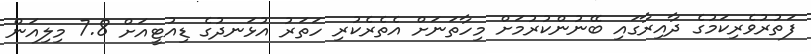
ފަތުރުވެރިކަމުގެ ދާއިރާގައި ބޭނުންކުރުމަށް މިހާތަނަށް އެތެރެކުރި ހަތަރު އުޅަނދުގެ ޑިއުޓީއަށް 7.8 މިލިއަން